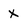
Character: X